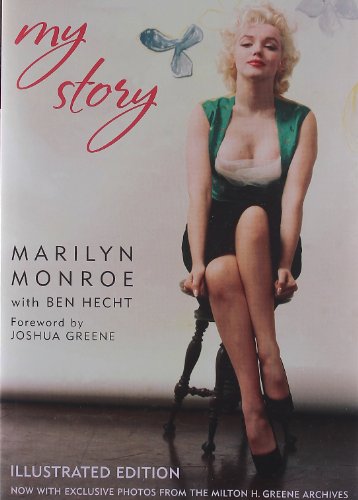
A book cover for My Story; Marilyn Monroe; Crafts, Hobbies & Home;